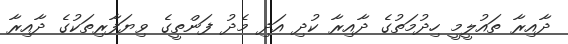
ދާއިރާ ތައުލީމީ ހިދުމަތުގެ ދާއިރާ ކުދި އަދި މެދު ފަންތީގެ ވިޔަފާރިތަކުގެ ދާއިރާ